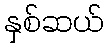
နှစ်ဆယ်